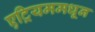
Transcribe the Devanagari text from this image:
एट्रियममधून